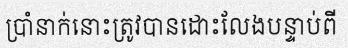
ប្រាំនាក់នោះត្រូវបានដោះលែងបន្ទាប់ពី